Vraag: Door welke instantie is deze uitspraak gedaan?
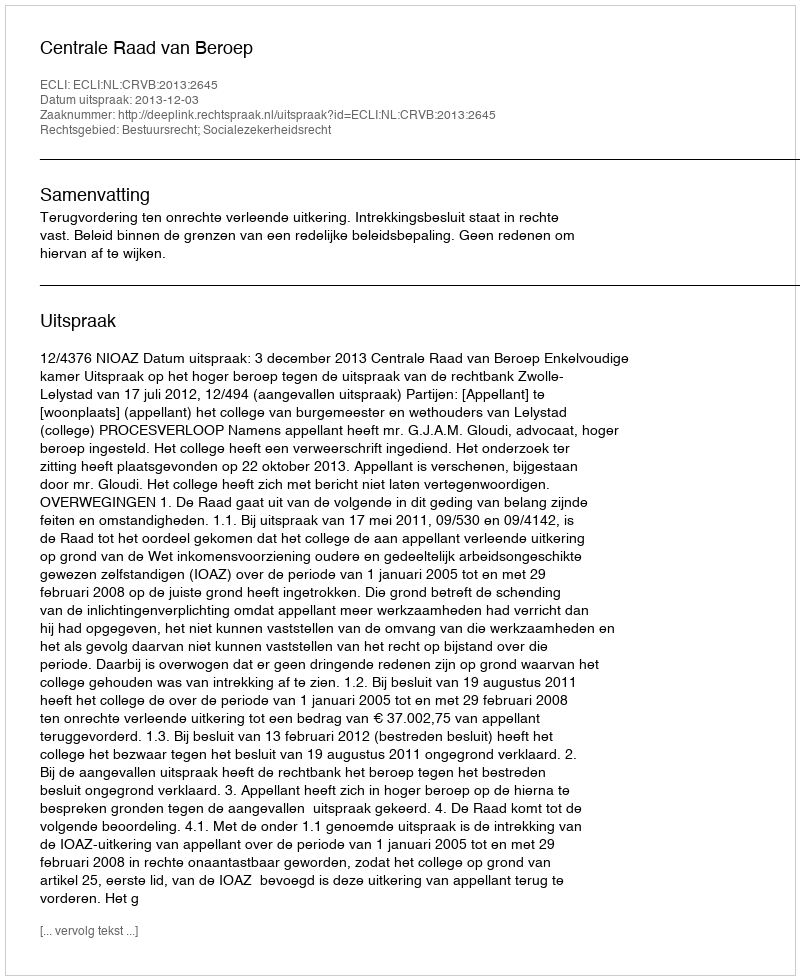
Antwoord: Centrale Raad van Beroep